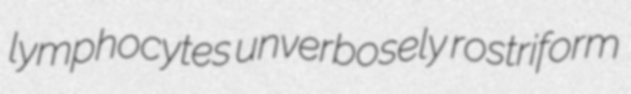
lymphocytes unverbosely rostriform